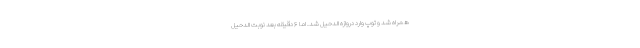
همراه شد و توپ وارد دروازه الدحیل شد. اما ۶ دقیقه بعد نوبت الدحیل